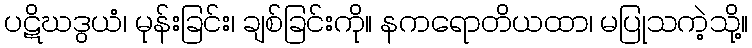
ပဋိဃဒွယံ၊ မုန်းခြင်း၊ ချစ်ခြင်းကို။ နကရောတိယထာ၊ မပြုသကဲ့သို့။